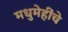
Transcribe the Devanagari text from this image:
मधुमेहींचे